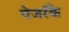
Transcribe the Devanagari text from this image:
पेजरॅँक